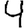
Digit: 4